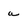
Character: a